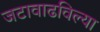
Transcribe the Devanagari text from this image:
जटावाढविल्या